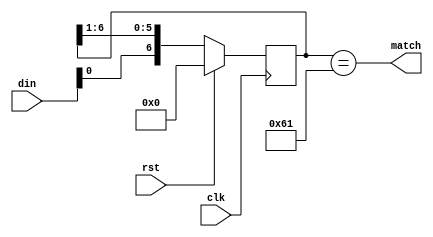
module pattern_detector (
  input clk,
  input rst,
  input [7:0] din,
  output reg match
);

reg [6:0] shift_reg;

always @(posedge clk) begin
  if (rst)
    shift_reg <= 7'b0000000;
  else
    shift_reg <= {din, shift_reg[6:1]};
end

always @(*) begin
  match = (shift_reg == 7'b1100001);
end

endmodule